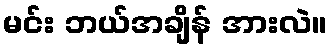
မင်း ဘယ်အချိန် အားလဲ။